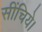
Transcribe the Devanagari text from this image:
सींचिये।